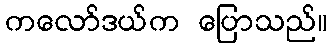
ကလော်ဒယ်က ပြောသည်။